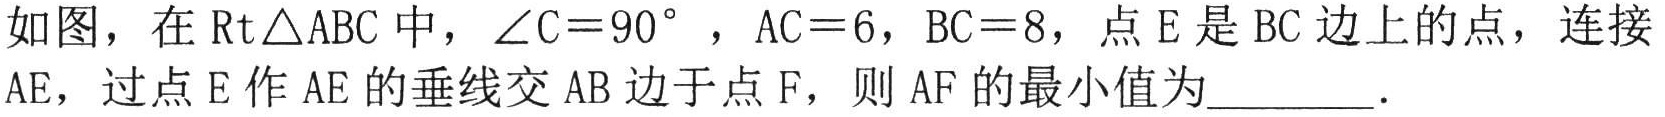
如图，在$\text{Rt}\triangle ABC$中，$\angle C = 90^{\circ}$，$AC = 6$，$BC = 8$，点$E$是$BC$边上的点，连接$AE$，过点$E$作$AE$的垂线交$AB$边于点$F$，则$AF$的最小值为________．